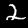
Digit: 2